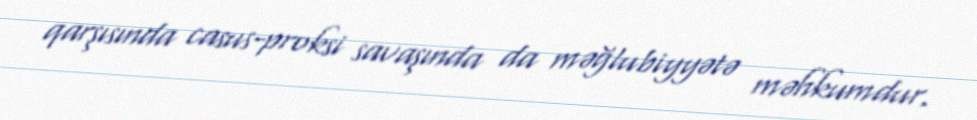
qarşısında casus-proksi savaşında da məğlubiyyətə məhkumdur.